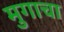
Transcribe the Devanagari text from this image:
मुगाचा